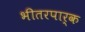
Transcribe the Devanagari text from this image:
भीतरपार्क